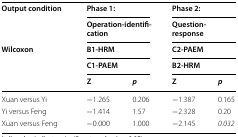
| <ROWSPAN=2> Output condition | <COLSPAN=2> Phase 1: | <COLSPAN=2> Phase 2: |
 | <COLSPAN=2> Operation-identification | <COLSPAN=2> Question-response |
 | <ROWSPAN=3> Wilcoxon | <COLSPAN=2> B1-HRM | <COLSPAN=2> C2-PAEM |
 | <COLSPAN=2> C1-PAEM | <COLSPAN=2> B2-HRM |
 | Z | p | Z | p |
 | --- | --- | --- | --- | --- |
 | Xuan versus Yi | −1.265 | 0.206 | −1.387 | 0.165 |
 | Yi versus Feng | −1.414 | 1.57 | −2.328 | 0.20 |
 | Xuan versus Feng | −0.000 | 1.000 | −2.145 | 0.032 |